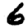
Digit: 6